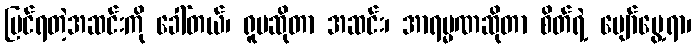
မြင်ရတဲ့အဆင်းကို ခေါ်တယ်၊ ရူပဆိုတာ အဆင်း၊ အာရမ္မဏဆိုတာ စိတ်ရဲ့ ပျော်မွေ့ရာ၊